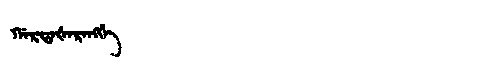
Manchu: ᡤᠠᡵᡩᠠᡧᠠᡵᠠᠩᡤᡝ
Romanization: GARDAŠARANGGE